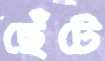
ছেঁটে